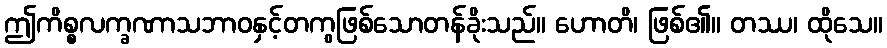
ဤကိစ္စလက္ခဏာသဘာဝနှင့်တကွဖြစ်သောတန်ခိုးသည်။ ဟောတိ၊ ဖြစ်၏။ တဿ၊ ထိုသေ။